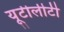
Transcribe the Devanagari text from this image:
यूटीलीटी